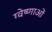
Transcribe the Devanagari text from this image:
ग्वेष्णाओं